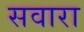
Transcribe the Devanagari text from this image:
सवारा